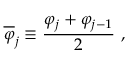
\overline { { \varphi } } _ { j } \equiv { \frac { \varphi _ { j } + \varphi _ { j - 1 } } { 2 } } \ ,